Medical and sanitary report on the native army of Bombay for the year
Year: 1877
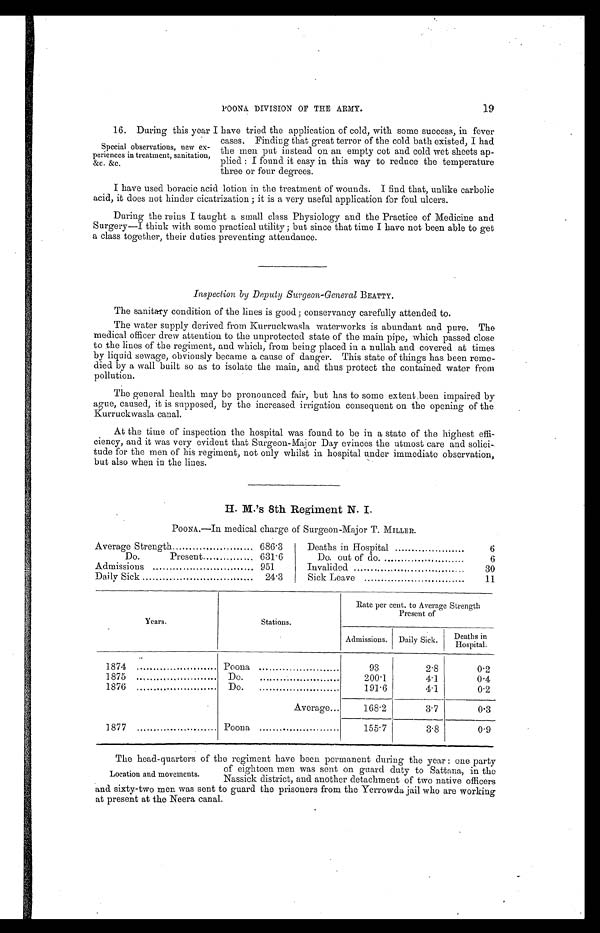
POONA DIVISION OF THE ARMY.
19
16. During this year I have tried the application of cold, with some success, in fever
cases. Finding that great terror of the cold bath existed, I had
the men put instead on an empty cot and cold wet sheets ap-
plied : I found it easy in this way to reduce the temperature
three or four degrees.
I have used boracic acid lotion in the treatment of wounds. I find that, unlike carbolic
acid, it does not hinder cicatrization ; it is a very useful application for foul ulcers.
During the rains I taught a small class Physiology and the Practice of Medicine and
Surgery—I think with some practical utility ; but since that time I have not been able to get
a class together, their duties preventing attendance.
Inspection by Deputy Surgeon-General BEATTY.
The sanitary condition of the lines is good; conservancy carefully attended to.
The water supply derived from Kurruckwasla waterworks is abundant and pure. The
medical officer drew attention to the unprotected state of the main pipe, which passed close
to the lines of the regiment, and which, from being placed in a nullah and covered at times
by liquid sewage, obviously became a cause of danger. This state of things has been reme-
died by a wall built so as to isolate the main, and thus protect the contained water from
pollution.
The general health may be pronounced fair, but has to some extent.been impaired by
ague, caused, it is supposed, by the increased irrigation consequent on the opening of the
Kurruckwasla canal.
At the time of inspection the hospital was found to be in a state of the highest effi-
ciency, and it was very evident that Surgeon-Major Day evinces the utmost care and solici-
tude for the men of his regiment, not only whilst in hospital under immediate observation,
but also when in the lines.
H. M.'s 8th Regiment N. I.
POONA.—In medical charge of Surgeon-Major T. MILLER.
Average Strength
686.3
Deaths in Hospital
6
Do.
Present
631.6
Do. out of do.
6
Admissions
951
Invalided
30
Daily Sick
24.3
Sick Leave
11
Years.
Stations.
Rate per cent. to Average Strength
Present of
Admissions. Daily Sick. Deaths in
Hospital.
1874
Poona
93
2.8
0.2
1875
Do.
200.1
4.1
0.4
1876
Do.
191.6
4.1
0.2
Average
168.2
3.7
0.3
1877
Poona
155.7
3.8
0.9
Special observations, new ex-
periences in treatment, sanitation,
&c. &c.
The head-auarters of the regiment have been permanent during the year : one party
of eighteen men was sent on guard duty to Sattana, in the
Nassick district, and another detachment of two native officers
and sixty-two men was sent to guard the prisoners from the Yerrowda jail who are working
at present at the Neera canal.
Location and movements.